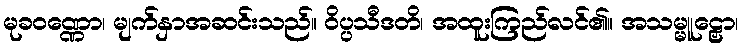
မုခဝဏ္ဏော၊ မျက်နှာအဆင်းသည်။ ဝိပ္ပသီဒတိ၊ အထူးကြည်လင်၏။ အသမ္မူဠှော၊